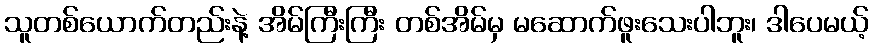
သူတစ်ယောက်တည်းနဲ့ အိမ်ကြီးကြီး တစ်အိမ်မှ မဆောက်ဖူးသေးပါဘူး၊ ဒါပေမယ့်